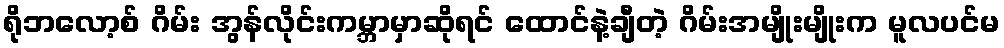
ရိုဘလော့စ် ဂိမ်း အွန်လိုင်းကမ္ဘာမှာဆိုရင် ထောင်နဲ့ချီတဲ့ ဂိမ်းအမျိုးမျိုးက မူလပင်မ